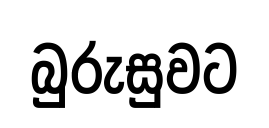
බුරුසුවට